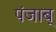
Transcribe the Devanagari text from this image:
पंजाब्